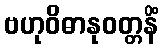
ဗဟုဝိဓာနုဝတ္တနိံ